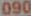
090